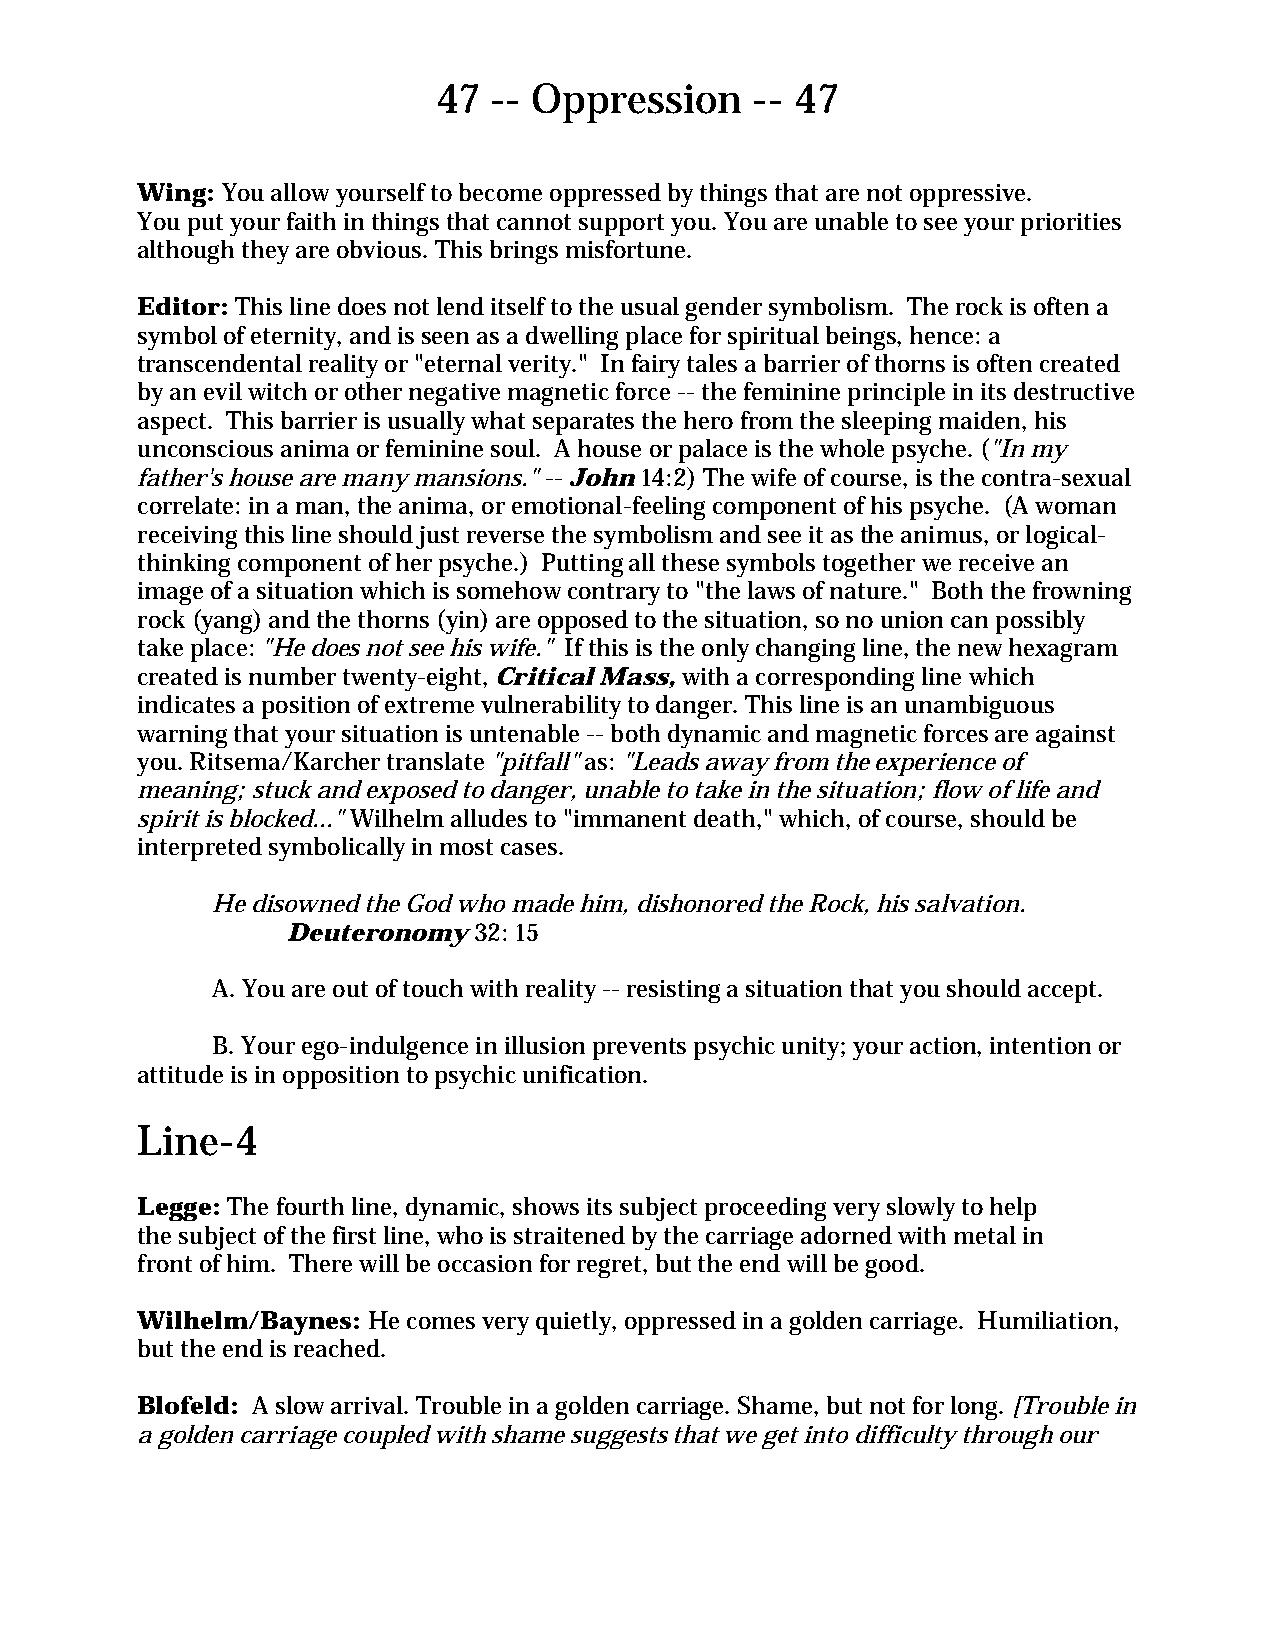
47 -- Oppression     -- 47
 Wing: You allow yourself to become oppressed by things that are not oppressive.
 You put your faith in things that cannot support you. You are unable to see your priorities
 although they are obvious. This brings misfortune.
 Editor: This line does not lend itself to the usual gender symbolism. The rock is often a
 symbol of eternity, and is seen as a dwelling place for spiritual beings, hence: a
 transcendental reality or "eternal verity." In fairy tales a barrier of thorns is often created
 by an evil witch or other negative magnetic force -- the feminine principle in its destructive
 aspect. This barrier is usually what separates the hero from the sleeping maiden, his
 unconscious anima or feminine soul. A house or palace is the whole psyche. ("In my
 father's house are many mansions." -- John 14:2) The wife of course, is the contra-sexual
 correlate: in a man, the anima, or emotional-feeling component of his psyche. (A woman
 receiving this line should just reverse the symbolism and see it as the animus, or logical-
 thinking component of her psyche.) Putting all these symbols together we receive an
 image of a situation which is somehow contrary to "the laws of nature." Both the frowning
 rock (yang) and the thorns (yin) are opposed to the situation, so no union can possibly
 take place: "He does not see his wife." If this is the only changing line, the new hexagram
 created is number twenty-eight, Critical Mass, with a corresponding line which
 indicates a position of extreme vulnerability to danger. This line is an unambiguous
 warning that your situation is untenable -- both dynamic and magnetic forces are against
 you. Ritsema/Karcher translate "pitfall" as: "Leads away from the experience of
 meaning; stuck and exposed to danger, unable to take in the situation; flow of life and
 spirit is blocked..." Wilhelm alludes to "immanent death," which, of course, should be
 interpreted symbolically in most cases.
 He disowned the God who made him, dishonored the Rock, his salvation.
 Deuteronomy 32: 15
 A. You are out of touch with reality -- resisting a situation that you should accept.
 B. Your ego-indulgence in illusion prevents psychic unity; your action, intention or
 attitude is in opposition to psychic unification.
 Line-4
 Legge: The fourth line, dynamic, shows its subject proceeding very slowly to help
 the subject of the first line, who is straitened by the carriage adorned with metal in
 front of him. There will be occasion for regret, but the end will be good.
 Wilhelm/Baynes: He comes very quietly, oppressed in a golden carriage. Humiliation,
 but the end is reached.
 Blofeld: A slow arrival. Trouble in a golden carriage. Shame, but not for long. [Trouble in
 a golden carriage coupled with shame suggests that we get into difficulty through our